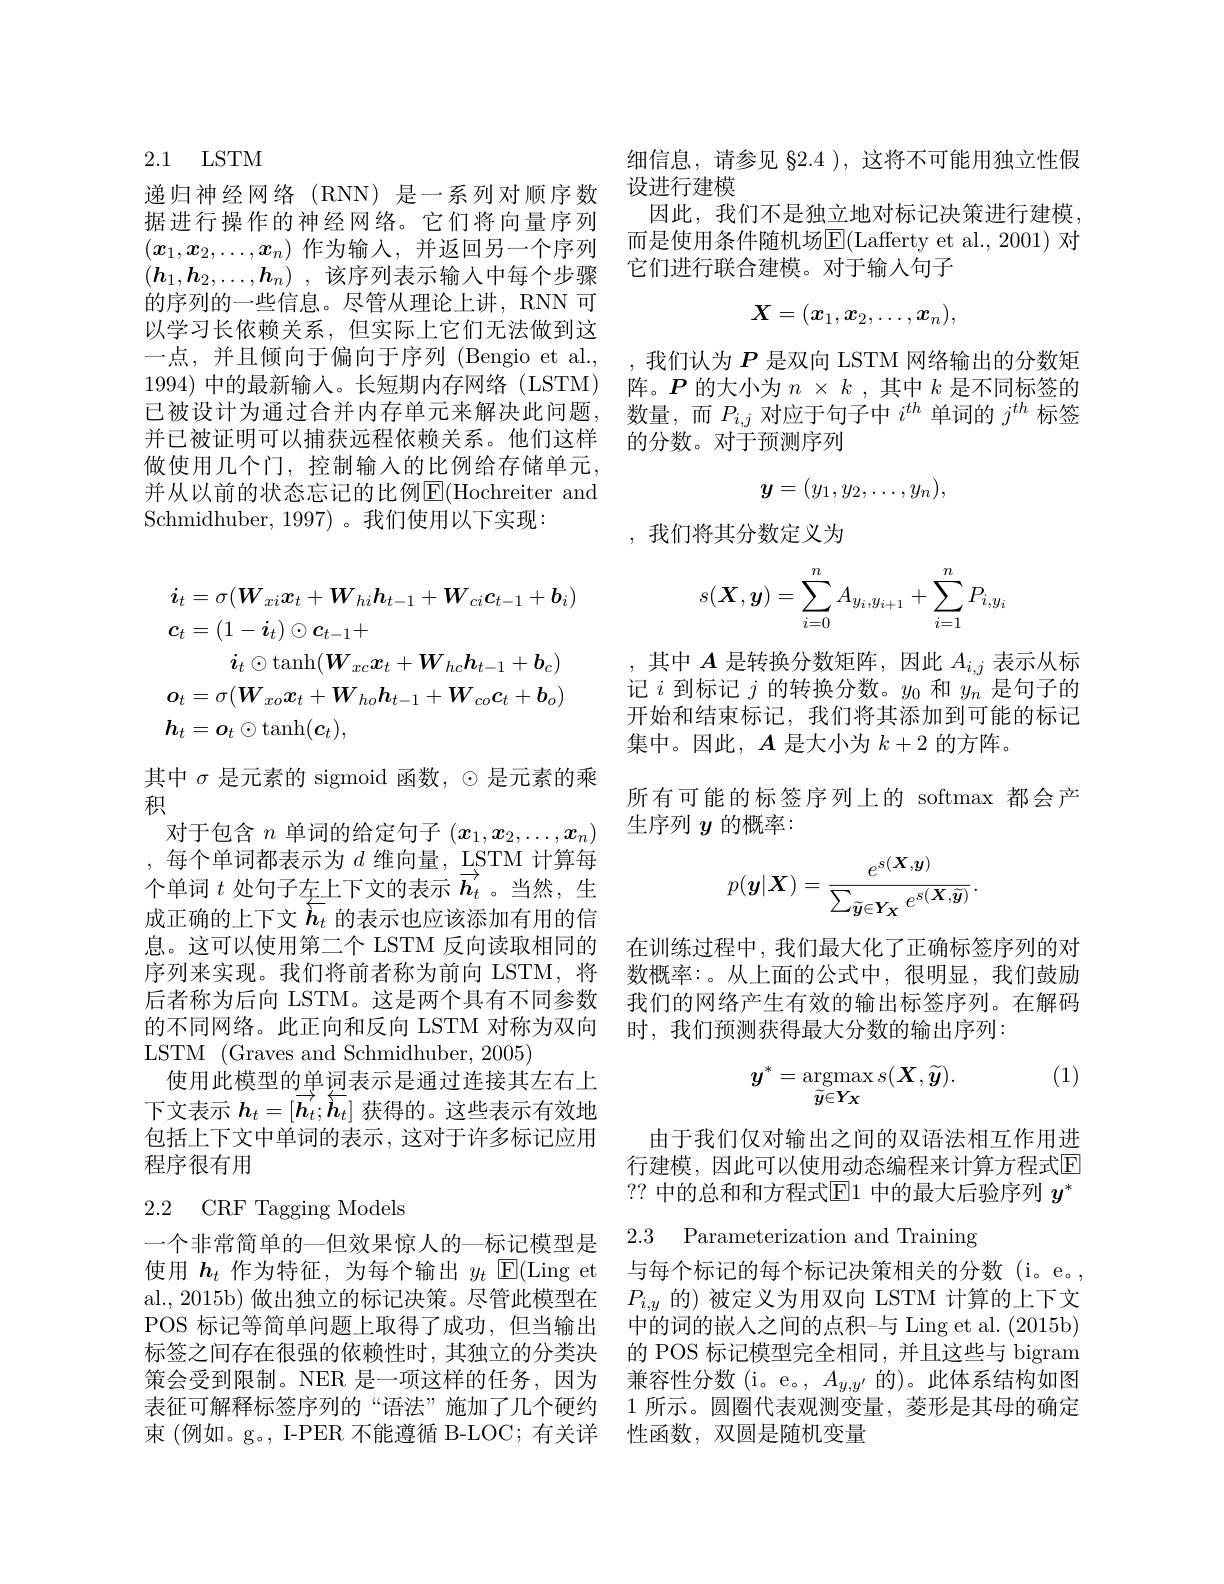
## 2.1 LSTM

的序列的一些信息。尽管从理论上讲，RNN 可以学习长依赖关系，但实际上它们无法做到这一点，并且倾向于偏向于序列 (Bengio et al., ,我们认为$P$是双向 LSTM 网络输出的分数矩1994)中的最新输入。长短期内存网络(LSTM) 阵。$\boldsymbol{P}$的大小为$n\times k$,其中$k$是不同标签的已被设计为通过合并内存单元来解决此问题，数量，而$P_{i,j}$对应于句子中$i^{th}$单词的$j^{th}$标签并已被证明可以捕获远程依赖关系。他们这样 的分数。对于预测序列
做使用几个门，控制输入的比例给存储单元， 并从以前的状态忘记的比例E|(Hochreiter and Schmidhuber, 1997) 。我们使用以下实现：
$$\begin{aligned}&\boldsymbol{i}_{t}=\sigma(\boldsymbol{W}_{xi}\boldsymbol{x}_{t}+\boldsymbol{W}_{hi}\boldsymbol{h}_{t-1}+\boldsymbol{W}_{ci}\boldsymbol{c}_{t-1}+\boldsymbol{b}_{i})\\&\boldsymbol{c}_{t}=(1-\boldsymbol{i}_{t})\odot\boldsymbol{c}_{t-1}+\\&\boldsymbol{i}_{t}\odot\mathrm{tanh}(\boldsymbol{W}_{xc}\boldsymbol{x}_{t}+\boldsymbol{W}_{hc}\boldsymbol{h}_{t-1}+\boldsymbol{b}_{c})\\&\boldsymbol{o}_{t}=\sigma(\boldsymbol{W}_{xo}\boldsymbol{x}_{t}+\boldsymbol{W}_{ho}\boldsymbol{h}_{t-1}+\boldsymbol{W}_{co}\boldsymbol{c}_{t}+\boldsymbol{b}_{o})\\&\boldsymbol{h}_{t}=\boldsymbol{o}_{t}\odot\mathrm{tanh}(\boldsymbol{c}_{t}),\end{aligned}$$
其中$\sigma$是元素的 sigmoid 函数，$\odot$是元素的乘
积
对于包含$n$单词的给定句子$(x_1,x_2,\ldots,x_n)$ ,每个单词都表示为$d$维向量，$\underset{\rightarrow}{\operatorname*{LSTM}}$计算每个单词$t$处句子左上下文的表示$\overrightarrow{h_t}$。当然，生成正确的上下文$\overleftarrow{h_t}$的表示也应该添加有用的信息。这可以使用第二个 LSTM 反向读取相同的 在训练过程中，我们最大化了正确标签序列的对序列来实现。我们将前者称为前向 LSTM, 将 数概率：。从上面的公式中，很明显，我们鼓励后者称为后向 LSTM。这是两个具有不同参数 我们的网络产生有效的输出标签序列。在解码的不同网络。此正向和反向 LSTM 对称为双向 时，我们预测获得最大分数的输出序列：
LSTM (Graves and Schmidhuber,2005)
使用此模型的单词表示是通过连接其左右上下文表示$h_t=[\overrightarrow{\boldsymbol{h}}_t;\overleftarrow{\boldsymbol{h}}_t]$获得的。这些表示有效地包括上下文中单词的表示，这对于许多标记应用程序很有用

## 2.2 CRF Tagging Models 一个非常简单的一但效果惊人的一标记模型是2.3 Parameterization and Training

使用$\boldsymbol{h}_t$作为特征，为每个输出$y_t$ $\operatorname{E}(\operatorname{Ling}$ et 与每个标记的每个标记决策相关的分数 (i。e。, al., 2015b) 做出独立的标记决策。尽管此模型在$P_{i,y}$的)被定义为用双向 LSTM 计算的上下文POS 标记等简单问题上取得了成功，但当输出 中的词的嵌人之间的点积-与 Ling et al. (2015b) 标签之间存在很强的依赖性时，其独立的分类决 的 POS 标记模型完全相同，并且这些与 bigram 策会受到限制。NER 是一项这样的任务，因为 兼容性分数(i。e。,$A_y,y^{\prime}$的)。此体系结构如图表征可解释标签序列的“语法”施加了几个硬约 1 所示。圆圈代表观测变量，菱形是其母的确定束(例如。g。, I-PER 不能遵循 B-LOC; 有关详 性函数，双圆是随机变量

细信息，请参见 82.4 ), 这将不可能用独立性假
递 归 神 经 网 络 ( RNN) 是 一 系 列 对 顺 序 数 设 进 行 建 模 据 进 行 操 作 的 神 经 网 络 。它 们 将 向 量 序 列 因 此 , 我 们 不 是 独 立 地 对 标 记 决 策 进 行 建 模 , 而 是 使 用 各 件 随 机 场 F( Laffertyet al 2001) 对$(x_1,x_2,\ldots,x_n)$ 作为输入，并返回另一个序列 而是使用条件随机场$\mathbb{E}($Lafferty et al., 2001) 对$(\boldsymbol{h}_1,\boldsymbol{h}_2,\ldots,\boldsymbol{h}_n)$ ,该序列表示输入中每个步骤 它们进行联合建模。对于输入句子
$$X=(x_1,x_2,\ldots,x_n),$$
$$\boldsymbol{y}=(y_1,y_2,\ldots,y_n),$$
,我们将其分数定义为
$$s(\boldsymbol{X},\boldsymbol{y})=\sum\limits_{i=0}^nA_{y_i,y_{i+1}}+\sum\limits_{i=1}^nP_{i,y_i}$$
,其中$A$是转换分数矩阵，因此$A_{i,j}$表示从标记$i$到标记$j$的转换分数。$y_0$和$y_n$是句子的开始和结束标记，我们将其添加到可能的标记集中。因此，$A$是大小为$k+2$的方阵。
所有可能的标签序列上的 softmax 都会产
生序列$y$的概率：
$$p(\boldsymbol{y}|\boldsymbol{X})=\frac{e^{s(\boldsymbol{X},\boldsymbol{y})}}{\sum_{\tilde{\boldsymbol{y}}\in\boldsymbol{Y}_{\boldsymbol{X}}}e^{s(\boldsymbol{X},\tilde{\boldsymbol{y}})}}.$$
(1)
$$y^*=\underset{\tilde{y}\in Y_X}{\operatorname*{argmax}}s(\boldsymbol{X},\widetilde{\boldsymbol{y}}).$$
由于我们仅对输出之间的双语法相互作用进行建模，因此可以使用动态编程来计算方程式E ?? 中的总和和方程式$\overline{\mathbb{E}}$1 中的最大后验序列 $y^*$